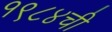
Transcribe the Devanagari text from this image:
१९८४ची